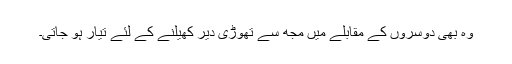
وہ بھی دوسروں کے مقابلے میں مجھ سے تھوڑی دیر کھیلنے کے لئے تیار ہو جاتی۔